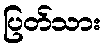
ပြတ်သား